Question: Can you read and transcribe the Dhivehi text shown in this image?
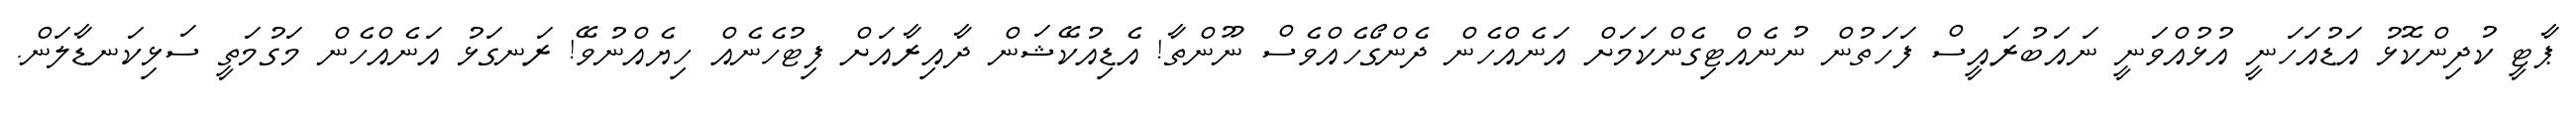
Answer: ޕާޓީ ކުދިންކޮޅު އަޑުއަހަނީ އުޅުއްވަނީ ނައަބުރައީސް ފަހަތުން ނުނެއްޓިގެންކަމަށް އަނެއްހެން ދެންގޯހެއްވެސް ނޫންތާ! އެޑިއުކޭޝަން ދާއިރާއަށް ފިޓުހެނެއް ހިޔެއްނުވޭ! ރަނގަޅު އަނެއްހެން މަގުމަތީ ސަޅިކަނޑާލަން.